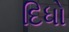
દિધો